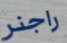
راجنر